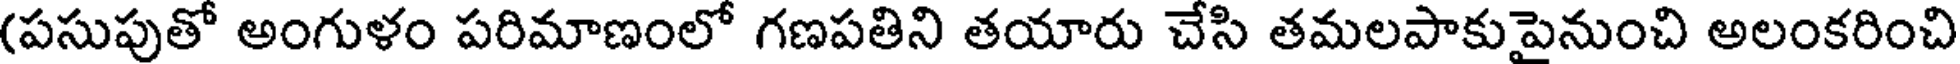
(పసుపుతో అంగుళం పరిమాణంలో గణపతిని తయారు చేసి తమలపాకుపైనుంచి అలంకరించి